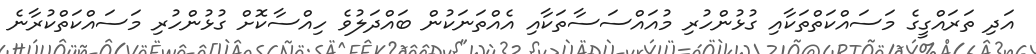
އަދި ތަރައްގީގެ މަސައްކަތްތަކާއި ގުޅުންހުރި މުއައްސަސާތަކާއި އެއްތަނަކުން ބައްދަލުވެ ހިއްސާކޮށް ގުޅުންހުރި މަސައްކަތްކުރާނެ